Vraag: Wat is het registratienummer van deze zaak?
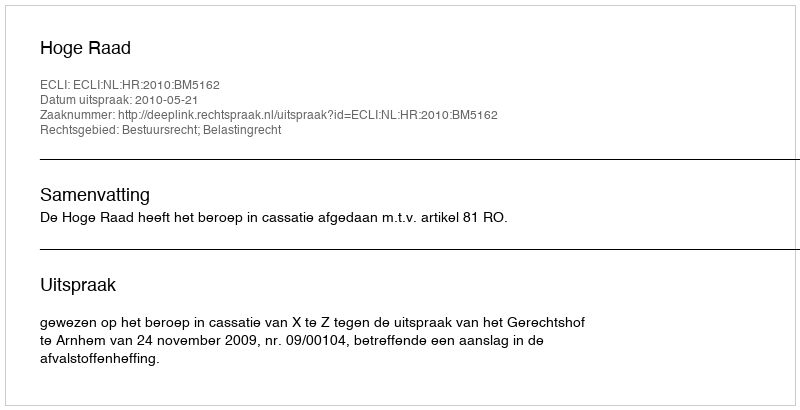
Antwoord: http://deeplink.rechtspraak.nl/uitspraak?id=ECLI:NL:HR:2010:BM5162